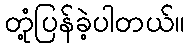
တုံ့ပြန်ခဲ့ပါတယ်။